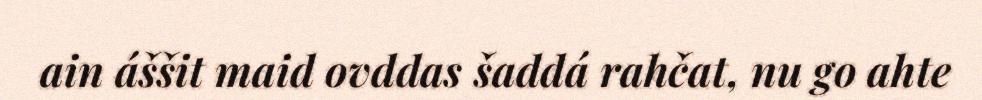
ain áššit maid ovddas šaddá rahčat, nu go ahte